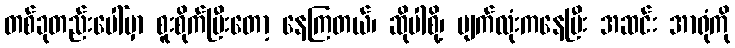
တစ်ခုတည်းပေါ်မှာ စူးစိုက်ပြီးတော့ နေကြတယ်၊ ဆိုပါစို့၊ မျက်လုံးကနေပြီး အဆင်း အာရုံကို